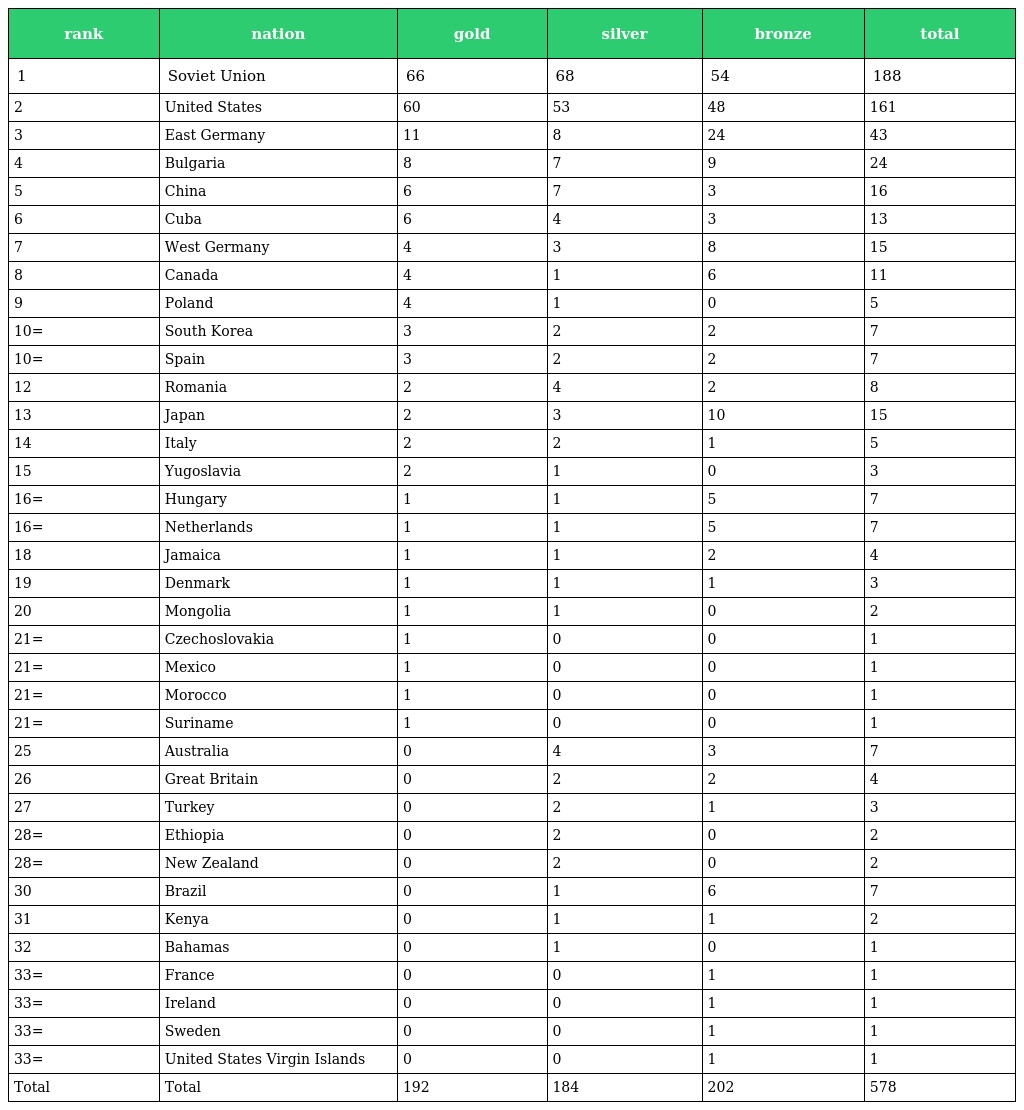
| rank | nation | gold | silver | bronze | total |
 | --- | --- | --- | --- | --- | --- |
 | 1 | Soviet Union | 66 | 68 | 54 | 188 |
 | 2 | United States | 60 | 53 | 48 | 161 |
 | 3 | East Germany | 11 | 8 | 24 | 43 |
 | 4 | Bulgaria | 8 | 7 | 9 | 24 |
 | 5 | China | 6 | 7 | 3 | 16 |
 | 6 | Cuba | 6 | 4 | 3 | 13 |
 | 7 | West Germany | 4 | 3 | 8 | 15 |
 | 8 | Canada | 4 | 1 | 6 | 11 |
 | 9 | Poland | 4 | 1 | 0 | 5 |
 | 10= | South Korea | 3 | 2 | 2 | 7 |
 | 10= | Spain | 3 | 2 | 2 | 7 |
 | 12 | Romania | 2 | 4 | 2 | 8 |
 | 13 | Japan | 2 | 3 | 10 | 15 |
 | 14 | Italy | 2 | 2 | 1 | 5 |
 | 15 | Yugoslavia | 2 | 1 | 0 | 3 |
 | 16= | Hungary | 1 | 1 | 5 | 7 |
 | 16= | Netherlands | 1 | 1 | 5 | 7 |
 | 18 | Jamaica | 1 | 1 | 2 | 4 |
 | 19 | Denmark | 1 | 1 | 1 | 3 |
 | 20 | Mongolia | 1 | 1 | 0 | 2 |
 | 21= | Czechoslovakia | 1 | 0 | 0 | 1 |
 | 21= | Mexico | 1 | 0 | 0 | 1 |
 | 21= | Morocco | 1 | 0 | 0 | 1 |
 | 21= | Suriname | 1 | 0 | 0 | 1 |
 | 25 | Australia | 0 | 4 | 3 | 7 |
 | 26 | Great Britain | 0 | 2 | 2 | 4 |
 | 27 | Turkey | 0 | 2 | 1 | 3 |
 | 28= | Ethiopia | 0 | 2 | 0 | 2 |
 | 28= | New Zealand | 0 | 2 | 0 | 2 |
 | 30 | Brazil | 0 | 1 | 6 | 7 |
 | 31 | Kenya | 0 | 1 | 1 | 2 |
 | 32 | Bahamas | 0 | 1 | 0 | 1 |
 | 33= | France | 0 | 0 | 1 | 1 |
 | 33= | Ireland | 0 | 0 | 1 | 1 |
 | 33= | Sweden | 0 | 0 | 1 | 1 |
 | 33= | United States Virgin Islands | 0 | 0 | 1 | 1 |
 | Total | Total | 192 | 184 | 202 | 578 |